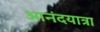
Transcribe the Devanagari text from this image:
आनंदयात्रा